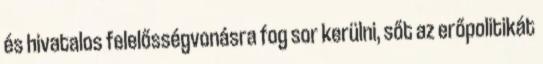
és hivatalos felelősségvonásra fog sor kerülni, sőt az erőpolitikát